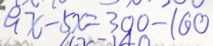
9 x - 5 x = 3 0 0 - 1 6 0